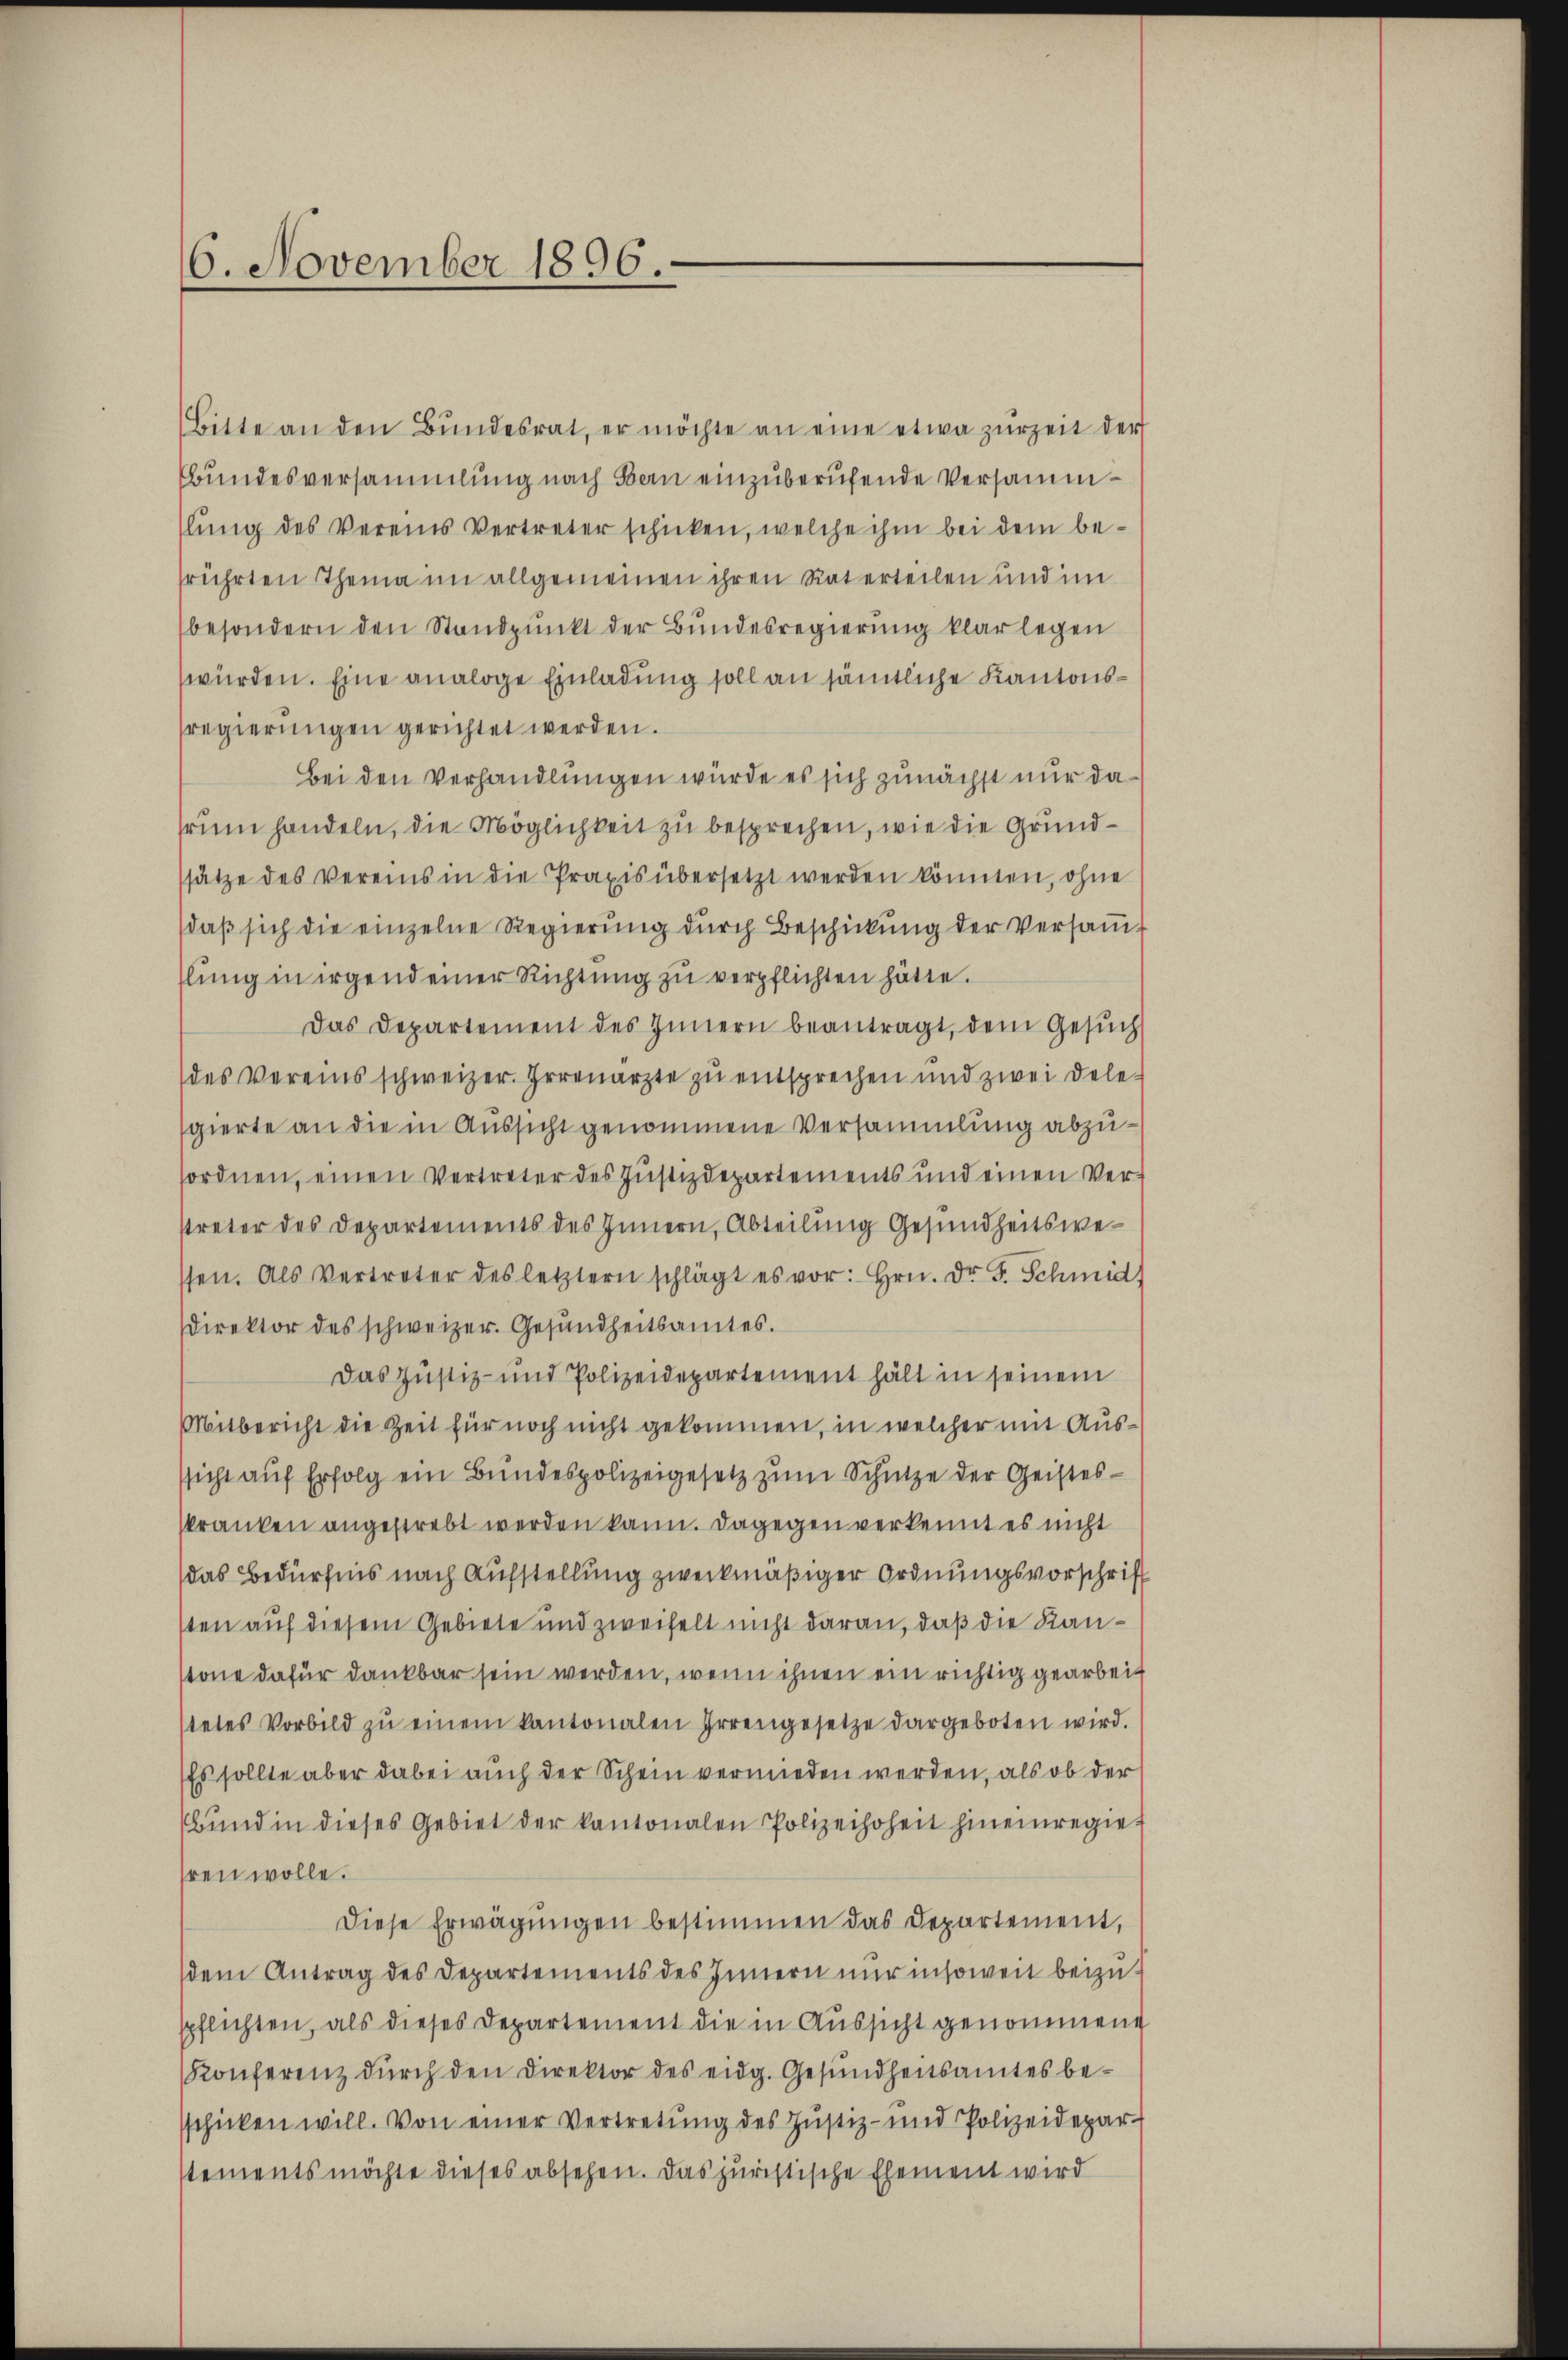
6. November 1896.

Bitte an den Bŭndesrat, er möchte an eine etwa zurzeit der
Bundesversammlung nach Bern einzuberufende Versammslung des Vereins Vertreter schicken, welche ihm bei dem befrührten Thema im allgemeinen ihren Vaterteilen und im
besondern den Standpunkt der Bundesregierung klarlegen
würden. Eine analoge Einladung soll an sämtliche Kantonssregierungen gerichtet werden.
Bei den Verhandlungen würde es sich zunächst nur darum handeln, die Möglichkeit zu besprechen, wie die Grundsätze des vereins in die Praxis übersetzt werden können, ohne
daβ sich die einzelne Regierŭng dŭrch Beschickung der Versaṁt
lŭng in irgend einer Richtŭng zŭ verpflichten hätte.
Das Departement des Innern beantragt, dem Gesŭch
des Vereins schweizer. Irrenarzte zu entsprechen und zwei dele-
gierte an die in Aussicht genommene Versammlung abzusordnen, einen Vertreter des Justizdepartements und einen Ver-
streter des Departements des Innern, Abteilung Gesundheitswesen. Als Vertreter des letztern schlägt es vor: hrn. Dr. F. Schmid
direktor des schweizer. Gesundheitsamtes.
Das Justiz- und Polizeidepartement hält in seinem
Mitbericht die Zeit für noch nicht gekommen, in welcher mit Ausssicht auf Erfolg ein Bundespolizeigesetz zum Schütze der Geistesskranken angestrebt werden kann. Dagegen verkennt es nicht
(das Bedürfnis nach Aufstellung zweckmäßiger Ordnungsvorschrift
sten auf diesem Gebiete und zweifelt nicht daran, daß die Kanstone dafür dankbar sein werden, wenn ihnen ein richtig gearbeit
stetes Vorbild zŭ einem kantonalen Irrengesetze dargeboten wird.
Es sollte aber dabei auch der Schein vermieden werden, als ob der
bund in dieses Gebiet der kantonalen Polizeihohen hineinregiehren wolle.
Diese Erwägŭngen bestimmen das Departement,
dem Antrag des Departements des Innern nur insoweit beizu-
spflichten, als dieses Departement die in Aussicht genommene
Konferenz durch den Direktor des eidg. Gesundheitsamtes besschicken will. Von einer Vertretŭng des Justiz- und Polizeidepar-
sements möchte dieses absehen. Das juristische Ehement wird